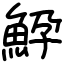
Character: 䱆